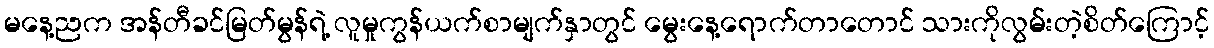
မနေ့ညက အန်တီခင်မြတ်မွန်ရဲ့ လူမှုကွန်ယက်စာမျက်နှာတွင် မွေးနေ့ရောက်တာတောင် သားကိုလွမ်းတဲ့စိတ်ကြောင့်